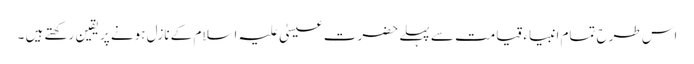
اس طرح تمام انبیاء قیامت سے پہلے حضرت عیسیٰ علیہ اسلام کے نازل ہونے پر یقین رکھتے ہیں ۔